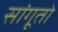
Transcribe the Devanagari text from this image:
सांगूतो